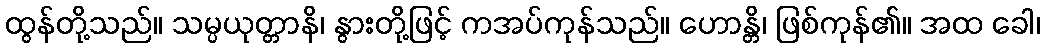
ထွန်တို့သည်။ သမ္ပယုတ္တာနိ၊ နွားတို့ဖြင့် ကအပ်ကုန်သည်။ ဟောန္တိ၊ ဖြစ်ကုန်၏။ အထ ခေါ၊